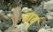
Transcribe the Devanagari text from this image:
वाचु